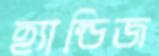
হ্যান্ডিজ